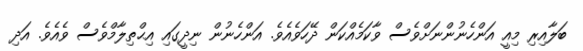
ބަލާއިރި މިއީ އަންހެނުންނަށްވެސް ވާކަމެއްކަން ދޭހަވެއެވެ. އަންހެނުން ނިދީގައި އިޙްތިލާމްވެސް ވެއެވެ. އަދި